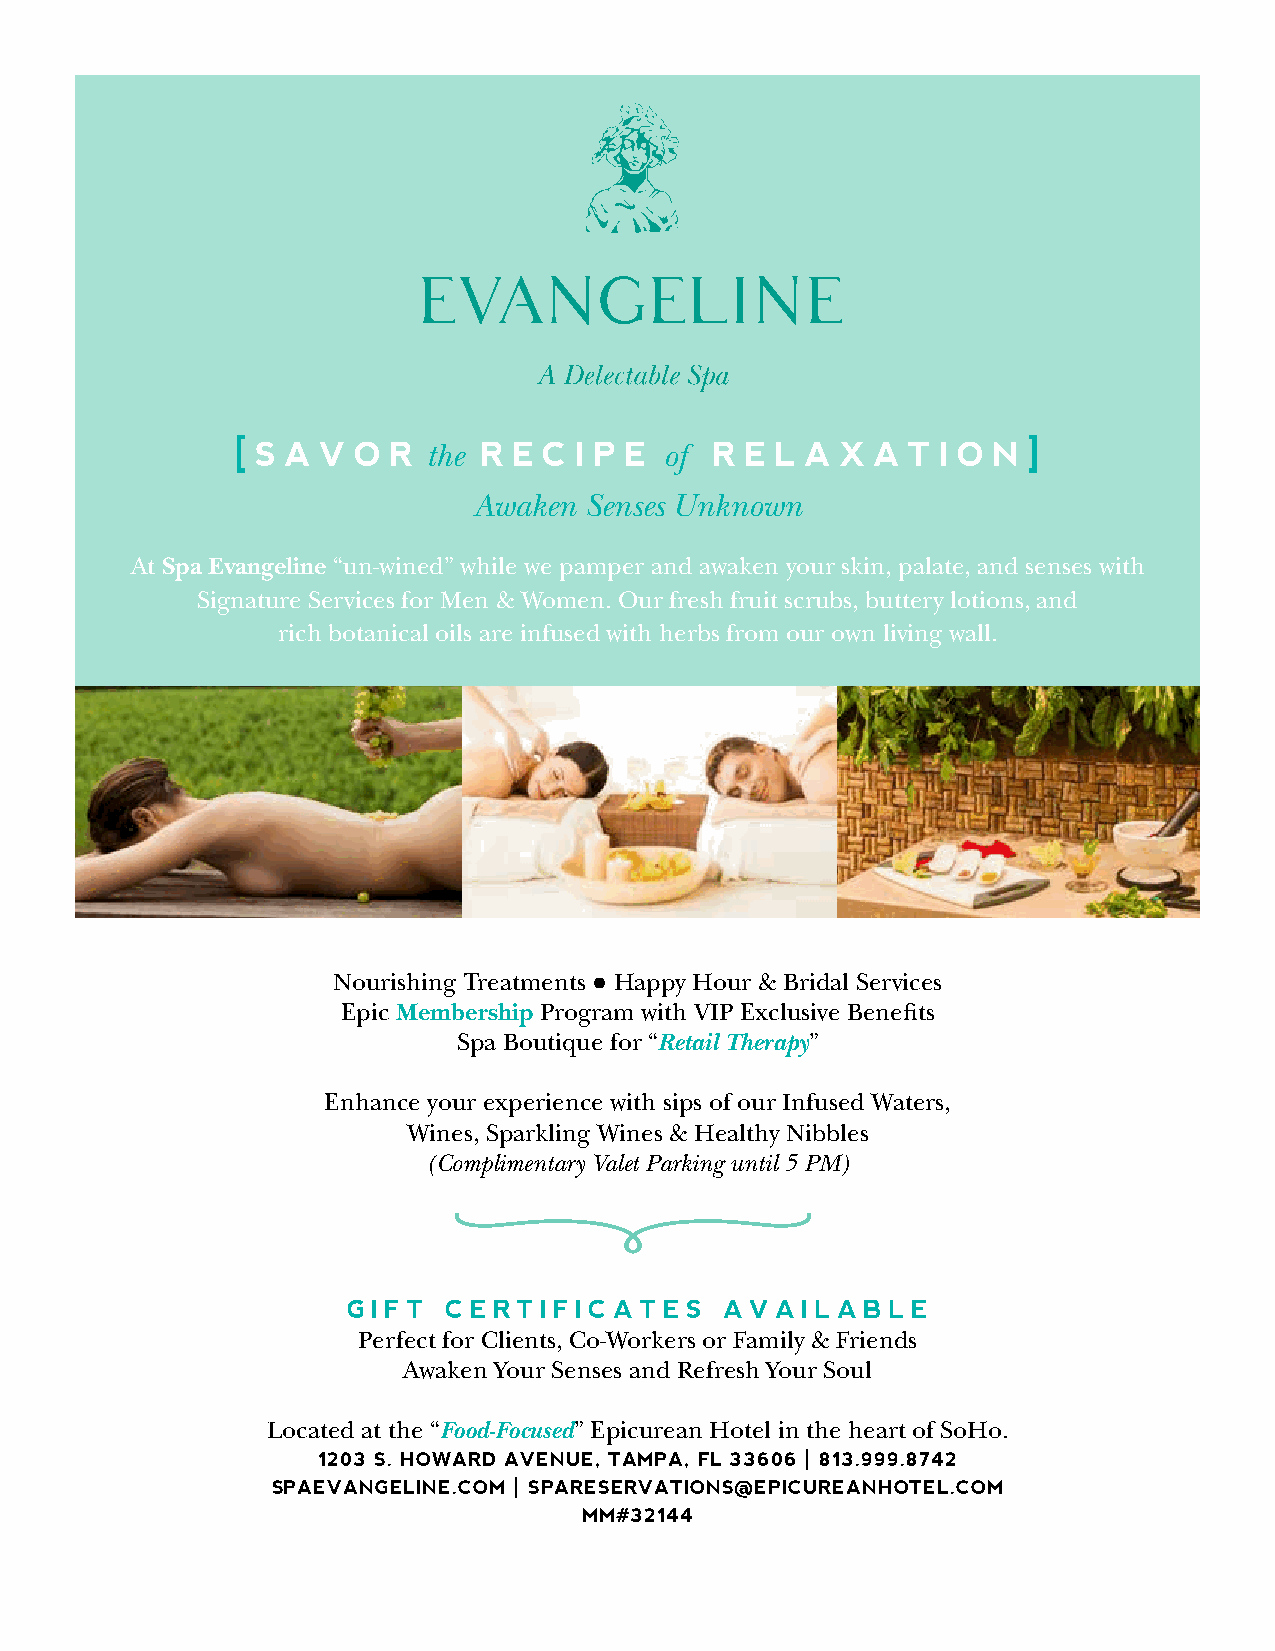
[ S a v o r the re c  i p e of re  l a x a  t i o n]
 Awaken  Senses Unknown
 At Spa Evangeline “un-wined” while we pamper and awaken your skin, palate, and senses with
 Signature Services for Men & Women. Our fresh fruit scrubs, buttery lotions, and
 rich botanical oils are infused with herbs from our own living wall.
 Nourishing Treatments ● Happy Hour & Bridal Services
 Epic Membership Program with VIP Exclusive Benefits
 Spa Boutique for “Retail Therapy”
 Enhance your experience with sips of our Infused Waters,
 Wines, Sparkling Wines & Healthy Nibbles
 (Complimentary Valet Parking until 5 PM)
 Gift  certificateS     available
 Perfect for Clients, Co-Workers or Family & Friends
 Awaken Your Senses and Refresh Your Soul
 Located at the “Food-Focused” Epicurean Hotel in the heart of SoHo.
 1203 S. Howard avenue, tampa, fl 33606 | 813.999.8742
 SpaevanGeline.com | SpareServationS@epicureanHotel.com
 mm#32144